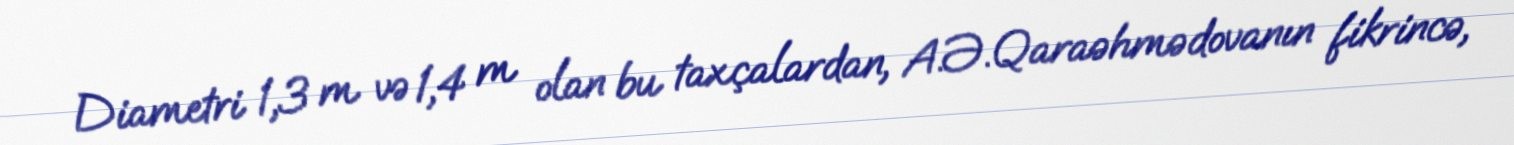
Diametri 1,3 m və 1,4 m olan bu taxçalardan, A.Ə.Qaraəhmədovanın fikrincə,